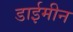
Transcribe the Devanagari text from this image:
डाईमीन